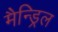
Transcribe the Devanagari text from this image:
मैन्ड्रिल